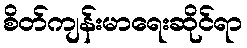
စိတ်ကျန်းမာရေးဆိုင်ရာ